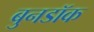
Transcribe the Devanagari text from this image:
बुनडॉक